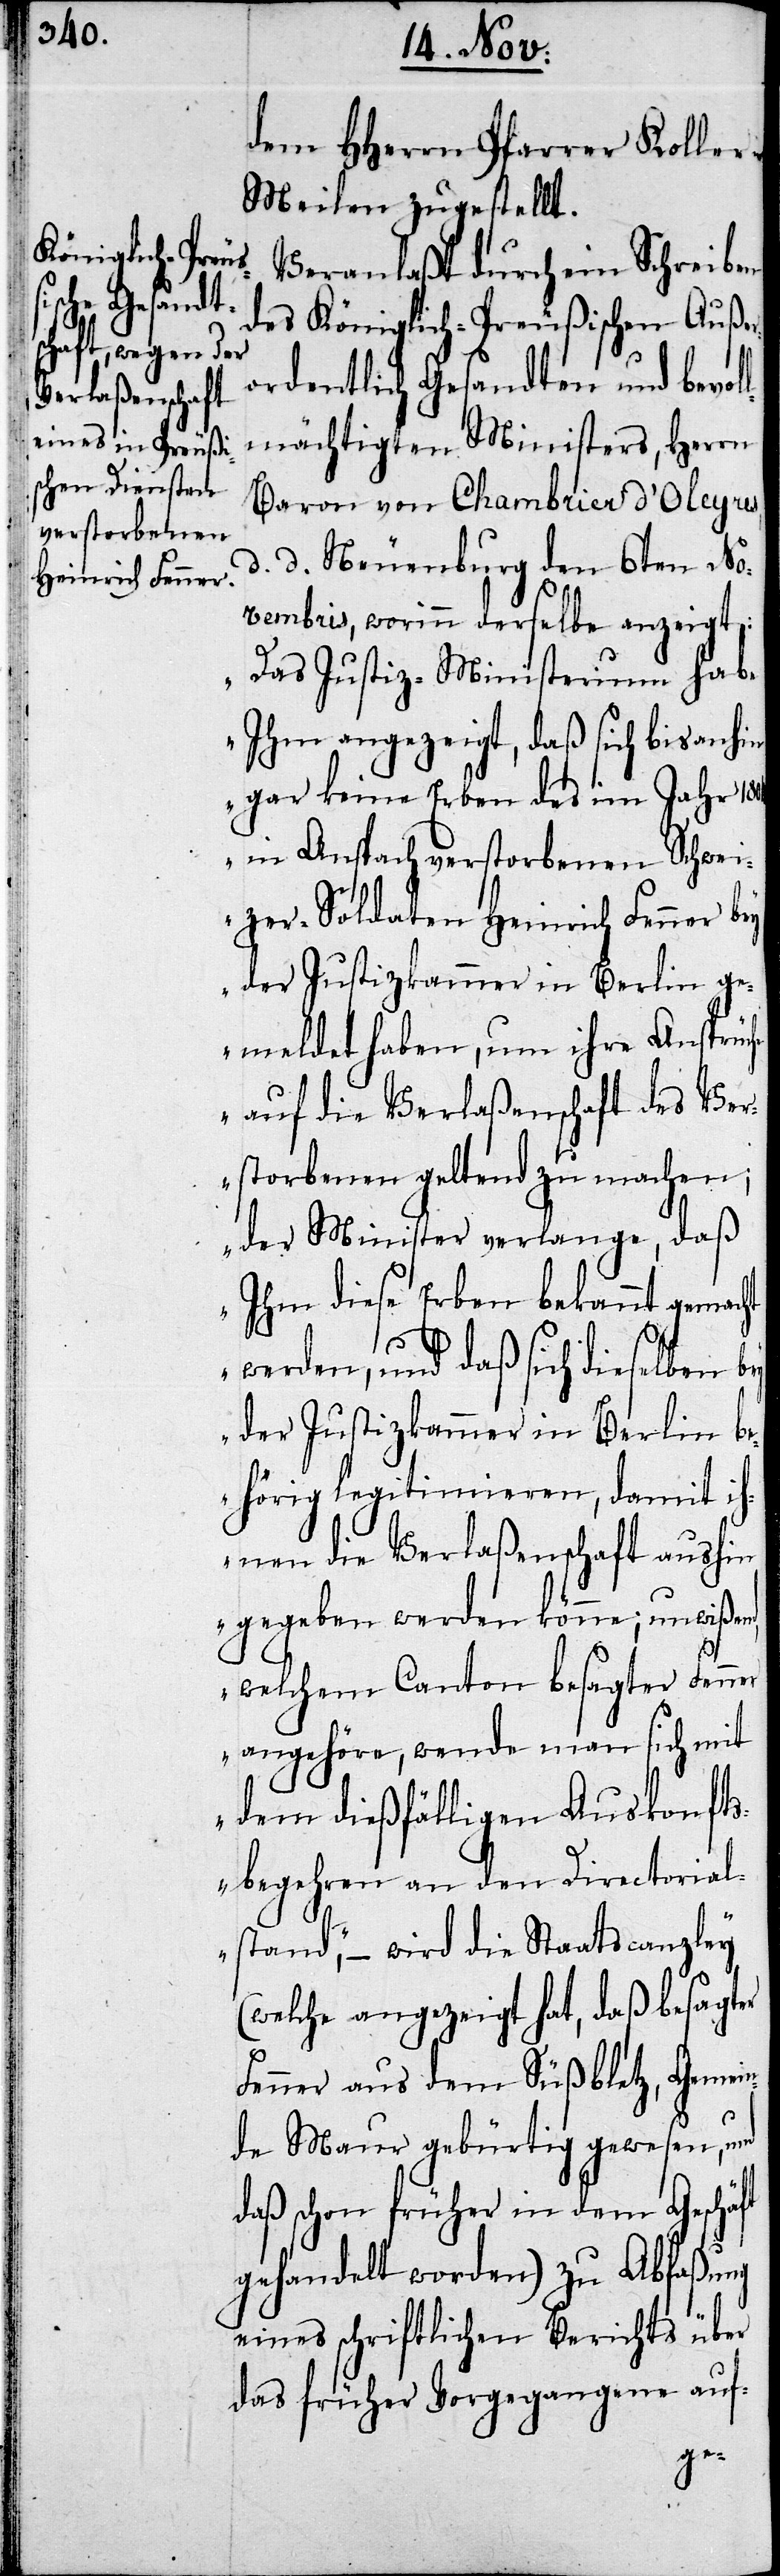
dem HHerrn Pfarrer Koller
Meilen zugestellt.
Veranlaßt durch ein Schreiben
des Königlich-Preußischen Außer¬
ordentlich Gesandten und bevol¬
lmächtigten Ministers, Herrn
Baron von Chambrier d’Oleyres,
d. Neuenburg den 6ten No¬
vembris, worinn derselbe anzeigt:
„Das Justiz-Ministerium habe
Ihm angezeigt, daß sich bis anhin
gar keine Erben des im Jahr 1804
in Anspach verstorbenen Schwei¬
zer-Soldaten Heinrich Fenner bey
der Justizkammer in Berlin ge¬
meldet haben, um ihre Ansprüche
auf die Verlaßenschaft des Ver¬
storbenen geltend zu machen;
der Minister verlange, daß
Ihm diese Erben bekannt gemacht
werden, und daß sich dieselben bey
der Justizkammer in Berlin b¬
ehörig legitimieren, damit ih¬
nen die Verlaßenschaft aushin
gegeben werden könne; unwißen¬
d, welchem Canton besagter Fenner
angehöre, wende man sich mit
dem dießfälligen Auskonfts¬
begehren an den Directorial¬
stand,“ – wird die Staatscanzley
(welche angezeigt hat, daß besagter
Fenner aus dem Süßbletz, Gemei¬
nde Maur gebürtig gewesen, und
daß schon früher in dem Geschä¬
gehandelt worden) zu Abfaßung
eines schriftlichen Berichts über
das früher Vorgegangene auf-
ft